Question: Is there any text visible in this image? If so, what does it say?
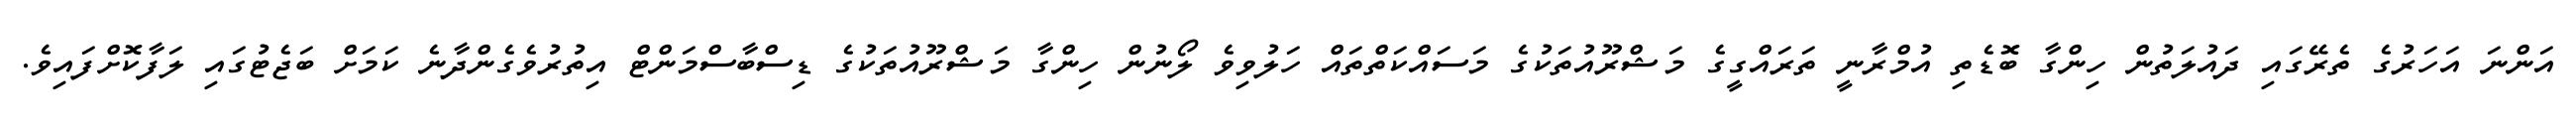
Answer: އަންނަ އަހަރުގެ ތެރޭގައި ދައުލަތުން ހިންގާ ބޮޑެތި އުމްރާނީ ތަރައްގީގެ މަޝްރޫއުތަކުގެ މަސައްކަތްތައް ހަލުވިވެ ލޯނުން ހިންގާ މަޝްރޫއުތަކުގެ ޑިސްބާސްމަންޓް އިތުރުވެގެންދާނެ ކަމަށް ބަޖެޓުގައި ލަފާކޮށްފައިވެ.